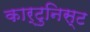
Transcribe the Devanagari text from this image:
कार्टुनिस्ट